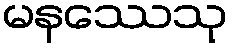
မနဿေသု